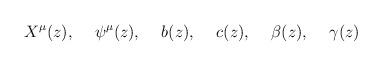
LaTeX: \begin{align*}X^{\mu}(z), \hspace{.5cm} \psi^{\mu}(z), \hspace{.5cm} b(z),\hspace{.5cm} c(z), \hspace{.5cm} \beta(z), \hspace{.5cm}\gamma(z)\end{align*}